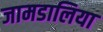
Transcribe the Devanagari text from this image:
जामडालिया